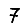
Digit: 7